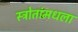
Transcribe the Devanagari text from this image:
स्त्रोतांमधला